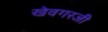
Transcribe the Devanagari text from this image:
खेवगरजी